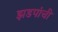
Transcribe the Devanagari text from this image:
झडपांची